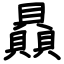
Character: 贔